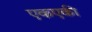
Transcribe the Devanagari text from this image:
एकएकी